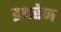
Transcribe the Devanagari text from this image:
इथरेज